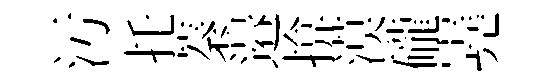
污托蓁邉揜漠礲嶤